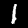
Label: 1